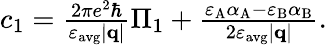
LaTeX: \begin{array}{r}{c_{1}=\frac{2\pi e^{2}\hbar}{\varepsilon_{\mathrm{avg}}|\mathbf{q}|}\Pi_{1}+\frac{\varepsilon_{\mathrm{A}}\alpha_{\mathrm{A}}-\varepsilon_{\mathrm{B}}\alpha_{\mathrm{B}}}{2\varepsilon_{\mathrm{avg}}|\mathbf{q}|}.}\end{array}